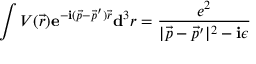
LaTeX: \int V ( { \vec { r } } ) \mathbf { e } ^ { - \mathbf { i } ( { \vec { p } } - { \vec { p } } ^ { \prime } ) { \vec { r } } } \mathbf { d } ^ { 3 } r = { \frac { e ^ { 2 } } { | { \vec { p } } - { \vec { p } } ^ { \prime } | ^ { 2 } - \mathbf { i } \epsilon } }